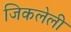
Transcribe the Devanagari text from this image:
जिकलेली